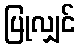
ပြုလျှင်